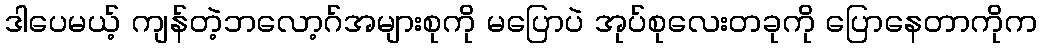
ဒါပေမယ့် ကျန်တဲ့ဘလော့ဂ်အများစုကို မပြောပဲ အုပ်စုလေးတခုကို ပြောနေတာကိုက